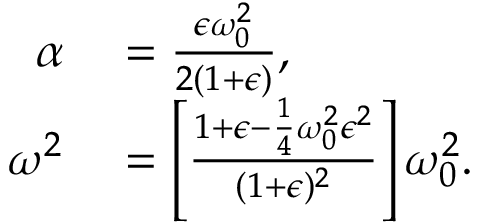
\begin{array} { r l } { \alpha } & { { } = \frac { \epsilon \omega _ { 0 } ^ { 2 } } { 2 ( 1 + \epsilon ) } , } \\ { \omega ^ { 2 } } & { { } = \left[ \frac { 1 + \epsilon - \frac { 1 } { 4 } \omega _ { 0 } ^ { 2 } \epsilon ^ { 2 } } { ( 1 + \epsilon ) ^ { 2 } } \right] \omega _ { 0 } ^ { 2 } . } \end{array}